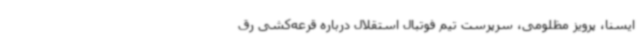
ایسنا، پرویز مظلومی، سرپرست تیم فوتبال استقلال درباره قرعه‌کشی رق